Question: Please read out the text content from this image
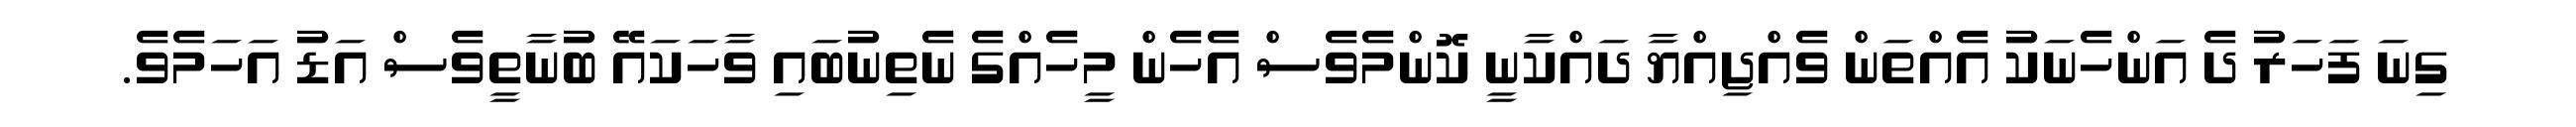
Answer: ގިނަ ފަހަރު ދެ އަންހެނަކު އެއްތަން ވެއްޖިއްޔާ ދައްކާނީ ކޮންމެވެސް އެހެން މީހެއްގެ ނެތިނުބައި ވާހަކައޭ ބުނާތީވެސް އަޑު އަހަމެވެ.